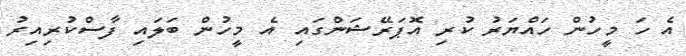
އެ ހަ މީހުން ހައްޔަރު ކުރި އޮޕަރޭޝަންގައި އެ މީހުން ބަލައި ފާސްކުރިއިރު